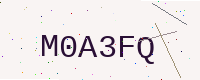
Text: M0A3FQ